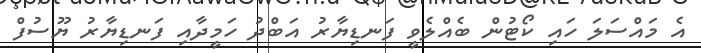
އެ މައްސަލަ ހައި ކޯޓުން ބެއްލެވީ ފަނޑިޔާރު އަބްދު ހަމީދާއި ފަނޑިޔާރު ޔޫސުފް